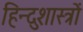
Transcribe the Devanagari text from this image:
हिन्दुशास्त्रों